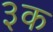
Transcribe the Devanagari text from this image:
३क